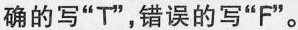
确的写“T",错误的写“F"。